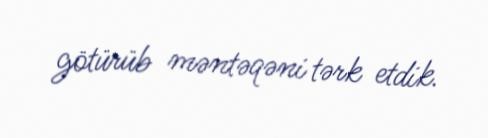
götürüb məntəqəni tərk etdik.